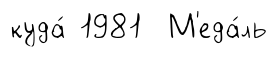
куда́ 1981 М'еда́ль